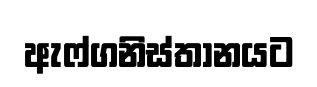
ඇෆ්ගනිස්තානයට